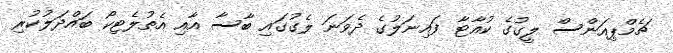
ޗެމްޕިއަންސް ލީގުގެ ކުއާޓާ ފައިނަލުގެ ދެވަނަ ލެގުގައި ބާސާ އާއި އެތުލެޓިކޯ ބައްދަލުކުރި